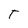
Character: t